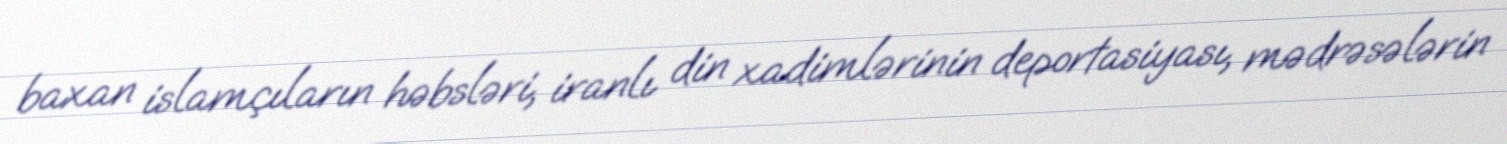
baxan islamçıların həbsləri, iranlı din xadimlərinin deportasiyası, mədrəsələrin